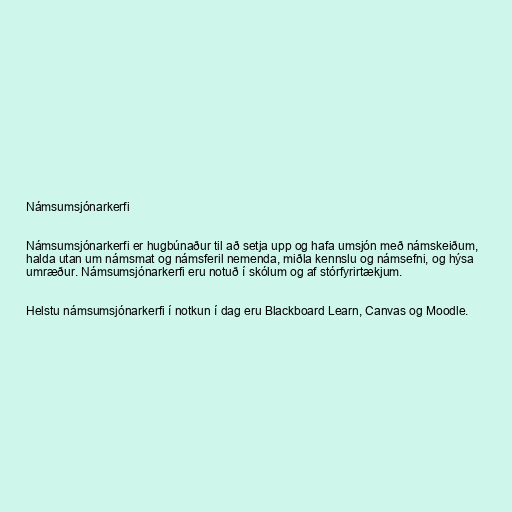
Námsumsjónarkerfi

Námsumsjónarkerfi er hugbúnaður til að setja upp og hafa umsjón með námskeiðum,
halda utan um námsmat og námsferil nemenda, miðla kennslu og námsefni, og hýsa
umræður. Námsumsjónarkerfi eru notuð í skólum og af stórfyrirtækjum.

Helstu námsumsjónarkerfi í notkun í dag eru Blackboard Learn, Canvas og Moodle.